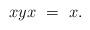
LaTeX: \begin{align*}\begin{minipage}[c]{35pc}$xyx\ =\ x.$\end{minipage}\end{align*}